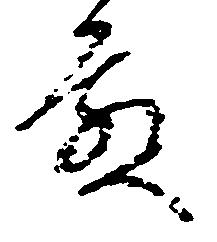
殿